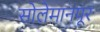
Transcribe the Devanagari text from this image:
सोलेमानपूर